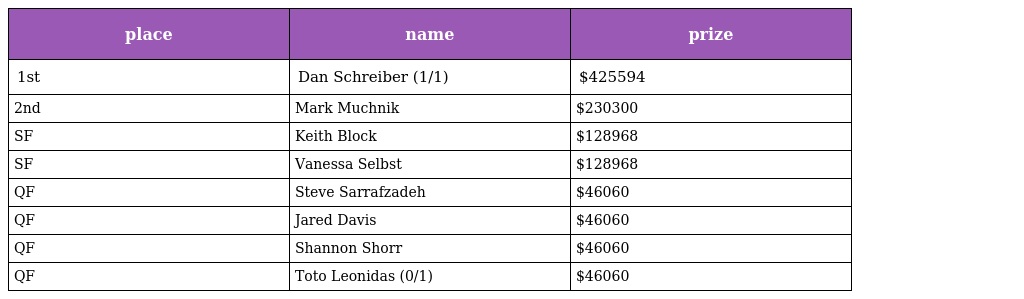
| place | name | prize |
 | --- | --- | --- |
 | 1st | Dan Schreiber (1/1) | $425594 |
 | 2nd | Mark Muchnik | $230300 |
 | SF | Keith Block | $128968 |
 | SF | Vanessa Selbst | $128968 |
 | QF | Steve Sarrafzadeh | $46060 |
 | QF | Jared Davis | $46060 |
 | QF | Shannon Shorr | $46060 |
 | QF | Toto Leonidas (0/1) | $46060 |